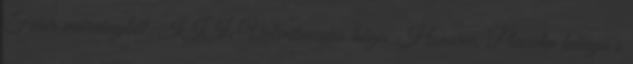
Fehér márványból. III. Valentinianus húga, Honoria, Placidia leánya s